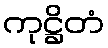
ကုဋ္ဌိတံ